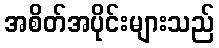
အစိတ်အပိုင်းများသည်